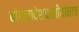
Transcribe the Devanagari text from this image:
बांगलादेशवासीयांनाच